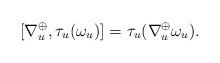
LaTeX: \begin{align*}[\nabla^{\oplus}_u,\tau_u(\omega_u)]=\tau_u(\nabla^{\oplus}_u\omega_u).\end{align*}